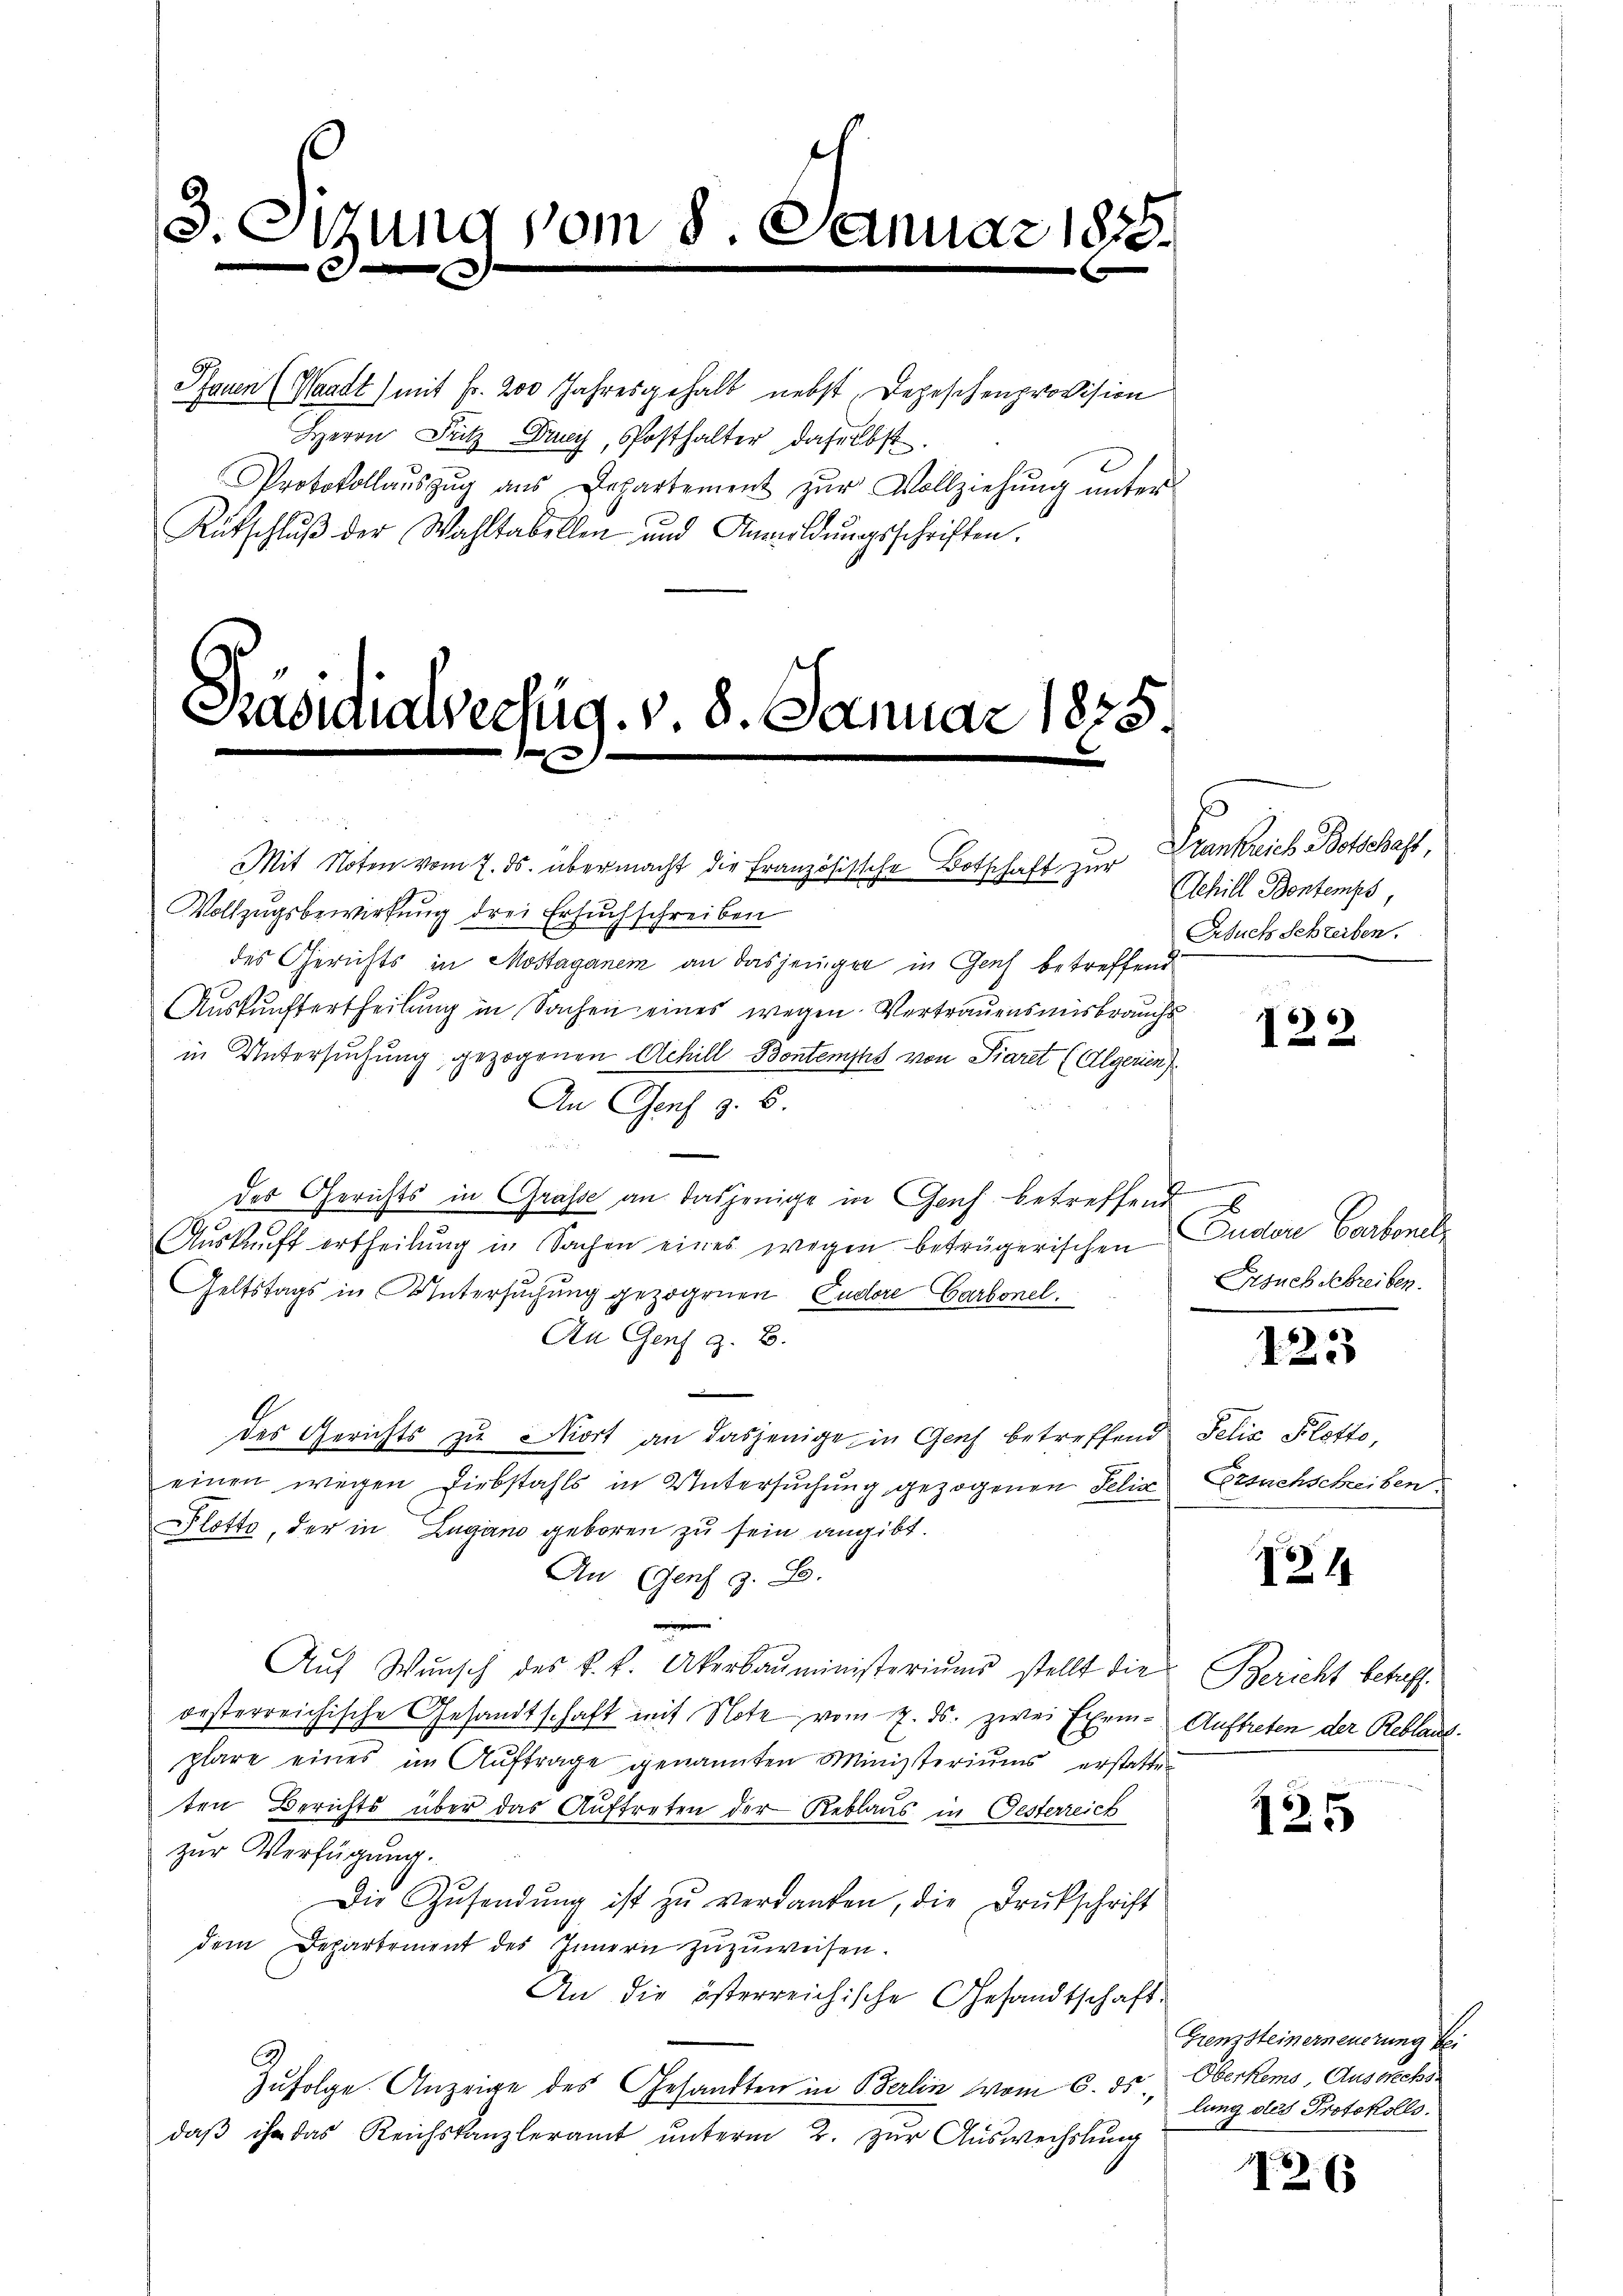
3. Otzung vom 8. Januar 1858.

Pfauen (Waadt) mit Fr. 200 Jahresgehalt nebst Depeschenprovision
Herrn Fritz Dany, Posthalter daselbst.
Protokollaŭszŭg aŭs Departement zŭr Vollziehŭng ŭnter
Rutschlŭβ der Wahltabellen und Anmeldŭngsschriften.

Präsidialverfug. v. 8. Januar 1835.
f

Mit Noten vom 7. ds. übermacht die Französische Botschaft zur Frankreich Botschaft,
Vollzugsbewirkung drei Ersuchschreiben
des Gerichts in Mostaganem an dasjeniger in Genf betreffend
Auskunftertheilung in Sachen eines wegen Vertrauensmisbrauchs
in Untersuchung gezogenen Achill-Bontemps von Piaret (Algerin
An Genf z. B.
des Gerichts in Grasse an dasjenige in Genf betreffend
Auskunft ertheilung in Sachen eines wegen betrügerischen
Geltstags in Untersuchung gezogenen Cudore Carbonel.
An Genf z. B.
des Gerichts zu Mort an dasjenige in Genf betreffend Felix Plotte,
einen wegen Diebstahls in Untersuchung gezogenen Felix Ersuchschreiben.
lotte, der in Lugano geboren zu sein angibt.
An (Genf z. B.
Auf Wunsch des k. k. Akerbaŭministeriums stellt die Bericht betaffoesterreichische Gesandtschaft mit Note vom 7. ds. zwei Exem- Auftreten der Reblant.
plare eines im Auftrage genannten Ministeriums erstatten
ten Berichts über das Auftreten der Reblaus in Gesterreich
zur Verfügung.
Die Zŭsendŭng ist zŭ verdanken, die Drukschrift
dem Departement des Innern zŭzŭweisen.
An die österreichische Gesandtschaft
Zufolge Anzeige des Gesandten in Berlin vom 6. ds. Oberkems, Ausarchs
daβ ihr das Reichskanzleramt ŭnterm 2. zŭr Aŭswechslung

Schill Bentemps,
Gesuch Schreiben.

122

.
Andere Carbonel
Gesuch Schreiben.

1223

124

61
123

Grenz Steinerneuerung bei
lung des Protokolls.

12. 63